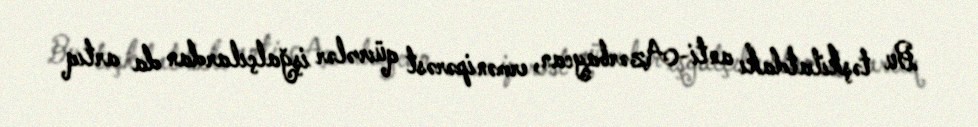
Bu təşkilatdakı anti-Azərbaycan, ermənipərəst qüvvələr işğalçılardan da artıq